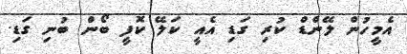
އެމީހުން ލޭންޑް ކުރި ގަޑި އެއީ ކަލޭ ކޮފީ ބޯން ބުނި ގަޑި.